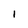
Character: 1